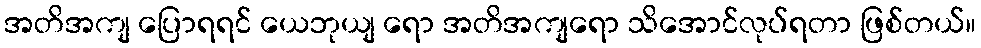
အတိအကျ ပြောရရင် ယေဘုယျ ရော အတိအကျရော သိအောင်လုပ်ရတာ ဖြစ်တယ်။